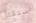
سنقتل